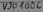
Text: V301006